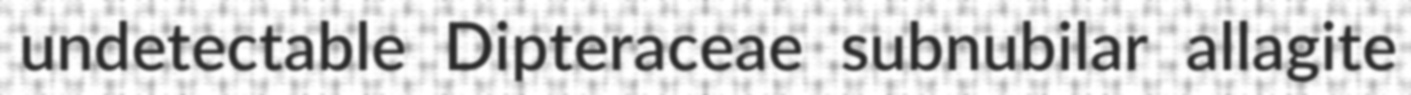
undetectable Dipteraceae subnubilar allagite